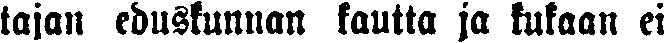
tajan eduskunnan kautta ja kukaan ei